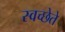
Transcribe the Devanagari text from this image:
स्वच्छेते